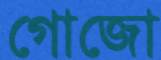
গোজো